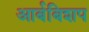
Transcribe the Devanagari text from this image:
आर्बबिशप